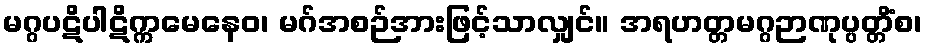
မဂ္ဂပဋိပါဋိက္ကမေနေဝ၊ မဂ်အစဉ်အားဖြင့်သာလျှင်။ အရဟတ္တမဂ္ဂဉာဏုပ္ပတ္တိံစ၊